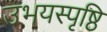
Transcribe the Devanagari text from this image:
उभयस्पृष्ठि